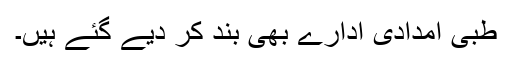
طبی امدادی ادارے بھی بند کر دیے گئے ہیں۔